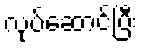
လုပ်ဆောင်ပြီး